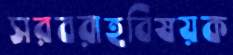
সরবরাহবিষয়ক